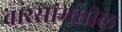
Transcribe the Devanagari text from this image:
वारसांमधील